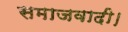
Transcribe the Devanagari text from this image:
समाजवादी।